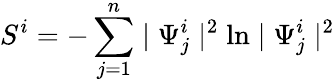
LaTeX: S^{i}=-\sum_{j=1}^{n}\mid\Psi_{j}^{i}\mid^{2}\ln\mid\Psi_{j}^{i}\mid^{2}